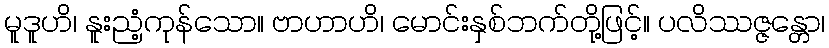
မူဒူဟိ၊ နူးညံ့ကုန်သော။ ဗာဟာဟိ၊ မောင်းနှစ်ဘက်တို့ဖြင့်။ ပလိဿဇ္ဇန္တော၊